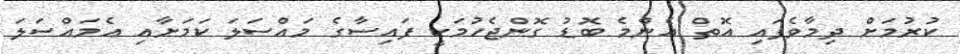
ކުރުމަށް ދިމާވެފައި އޮތް އެންމެ ބޮޑު ގޮންޖެހުމަކީ ފައިސާގެ މައްސަލަ ކަމަށާއި އެމައްސަލަ